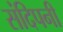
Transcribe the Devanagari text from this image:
संदिपनी